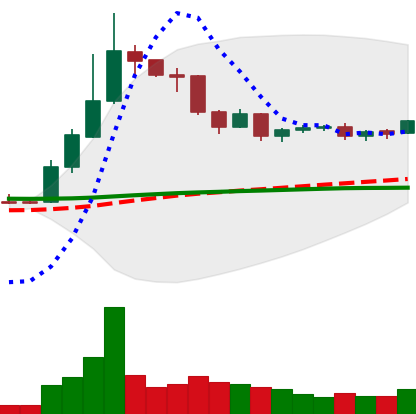
Ticker: DOGE-USD
Chart end date: 2019-04-18
Forward return: -5.906%
Label: down_5_7